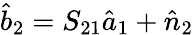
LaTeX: \hat{b}_{2}=S_{21}\hat{a}_{1}+\hat{n}_{2}